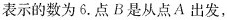
表示的数为6.点B是从点A出发，